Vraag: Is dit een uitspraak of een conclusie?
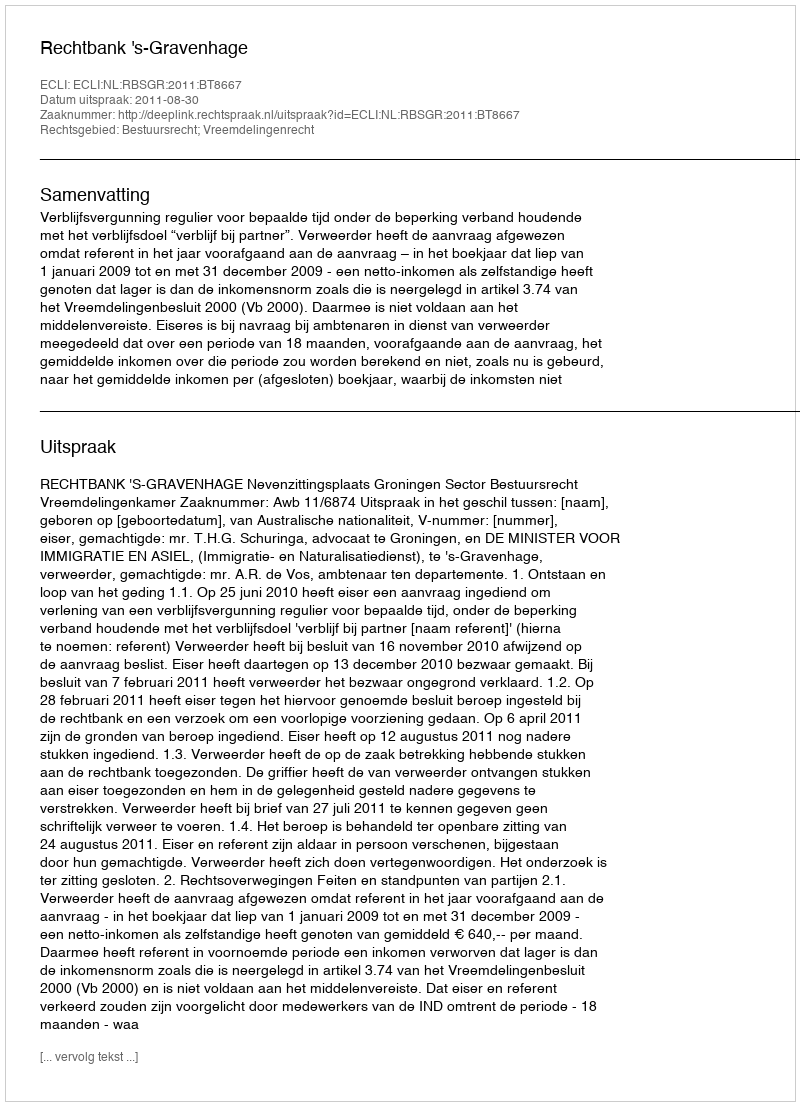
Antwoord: Uitspraak